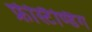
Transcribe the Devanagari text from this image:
फ्रीस्टैण्डिंग